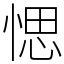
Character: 愢